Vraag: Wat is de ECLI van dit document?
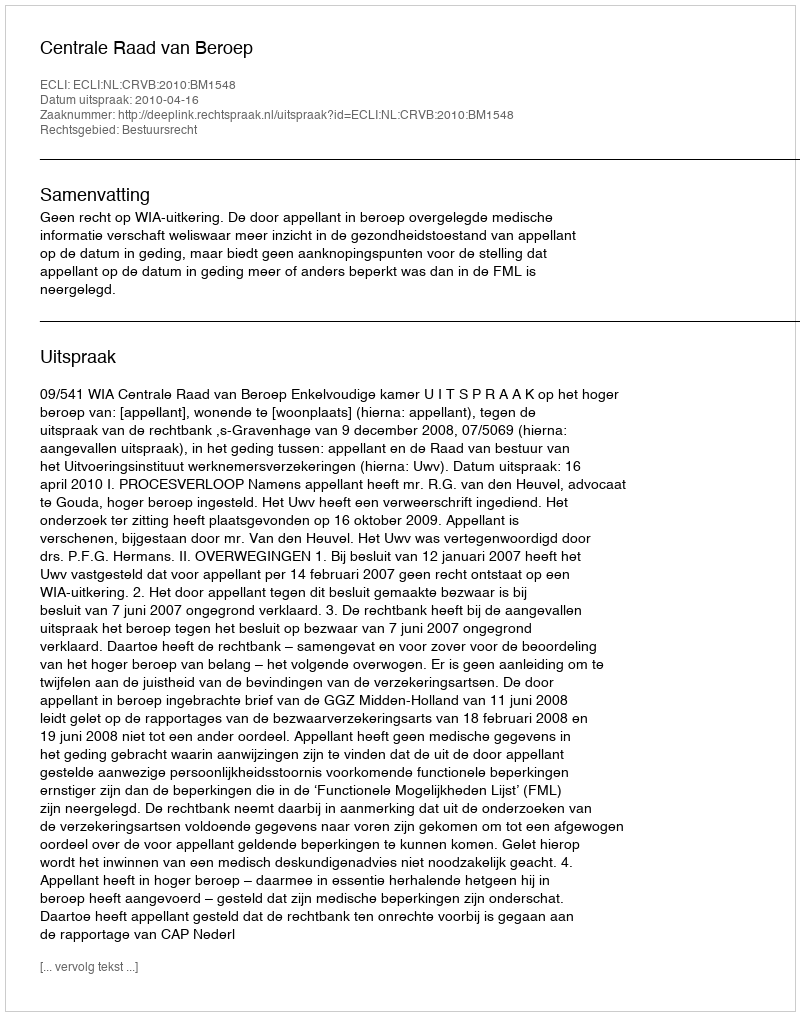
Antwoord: ECLI:NL:CRVB:2010:BM1548